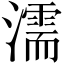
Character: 濡